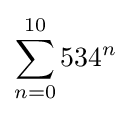
\sum _{n=0}^{10}{534}^{n}